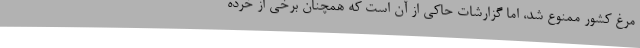
مرغ کشور ممنوع شد، اما گزارشات حاکی از آن است که همچنان برخی از خرده